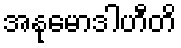
အနုမောဒါဟီတိ